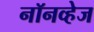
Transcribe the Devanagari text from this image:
नॉनव्हेज